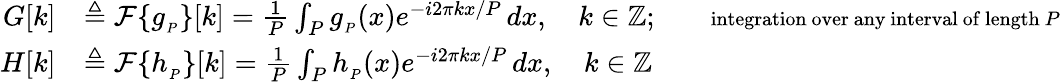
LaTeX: {\begin{array}{rl}{G[k]}&{\triangleq{\mathcal{F}}\{ g_{_{P}}\} [k]={\frac{1}{P}}\int_{P}g_{_{P}}(x)e^{-i2\pi kx/P}\, dx,\quad k\in\mathbb{Z};\quad\quad\scriptstyle{\mathrm{integration~over~any~interval~of~length~}}P}\\ {H[k]}&{\triangleq{\mathcal{F}}\{ h_{_{P}}\} [k]={\frac{1}{P}}\int_{P}h_{_{P}}(x)e^{-i2\pi kx/P}\, dx,\quad k\in\mathbb{Z}}\end{array}}